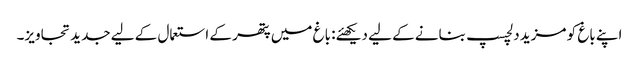
اپنے باغ کو مزید دلچسپ بنانے کے لیے دیکھئے: باغ میں پتھر کے استعمال کے لیے جدید تجاویز۔